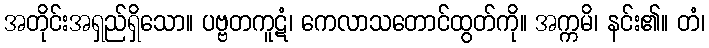
အတိုင်းအရှည်ရှိသော။ ပဗ္ဗတကူဋံ၊ ကေလာသတောင်ထွတ်ကို။ အက္ကမိ၊ နင်း၏။ တံ၊